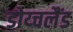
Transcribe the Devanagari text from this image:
डोय्चलैंड